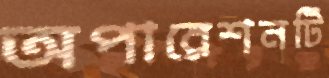
অপারেশনটি